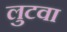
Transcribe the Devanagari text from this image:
लुटवा